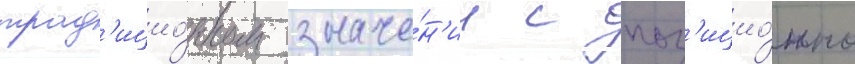
трад'ицио́нном значе́н'ии с поз'ицио́нно